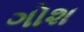
ગોશ